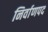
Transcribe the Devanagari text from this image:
निर्वाणपद